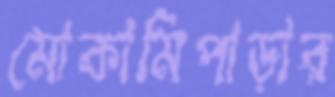
মোকামিপাড়ার